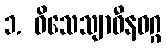
၁. ဝိသေသျာဓီနဝဂ္ဂ